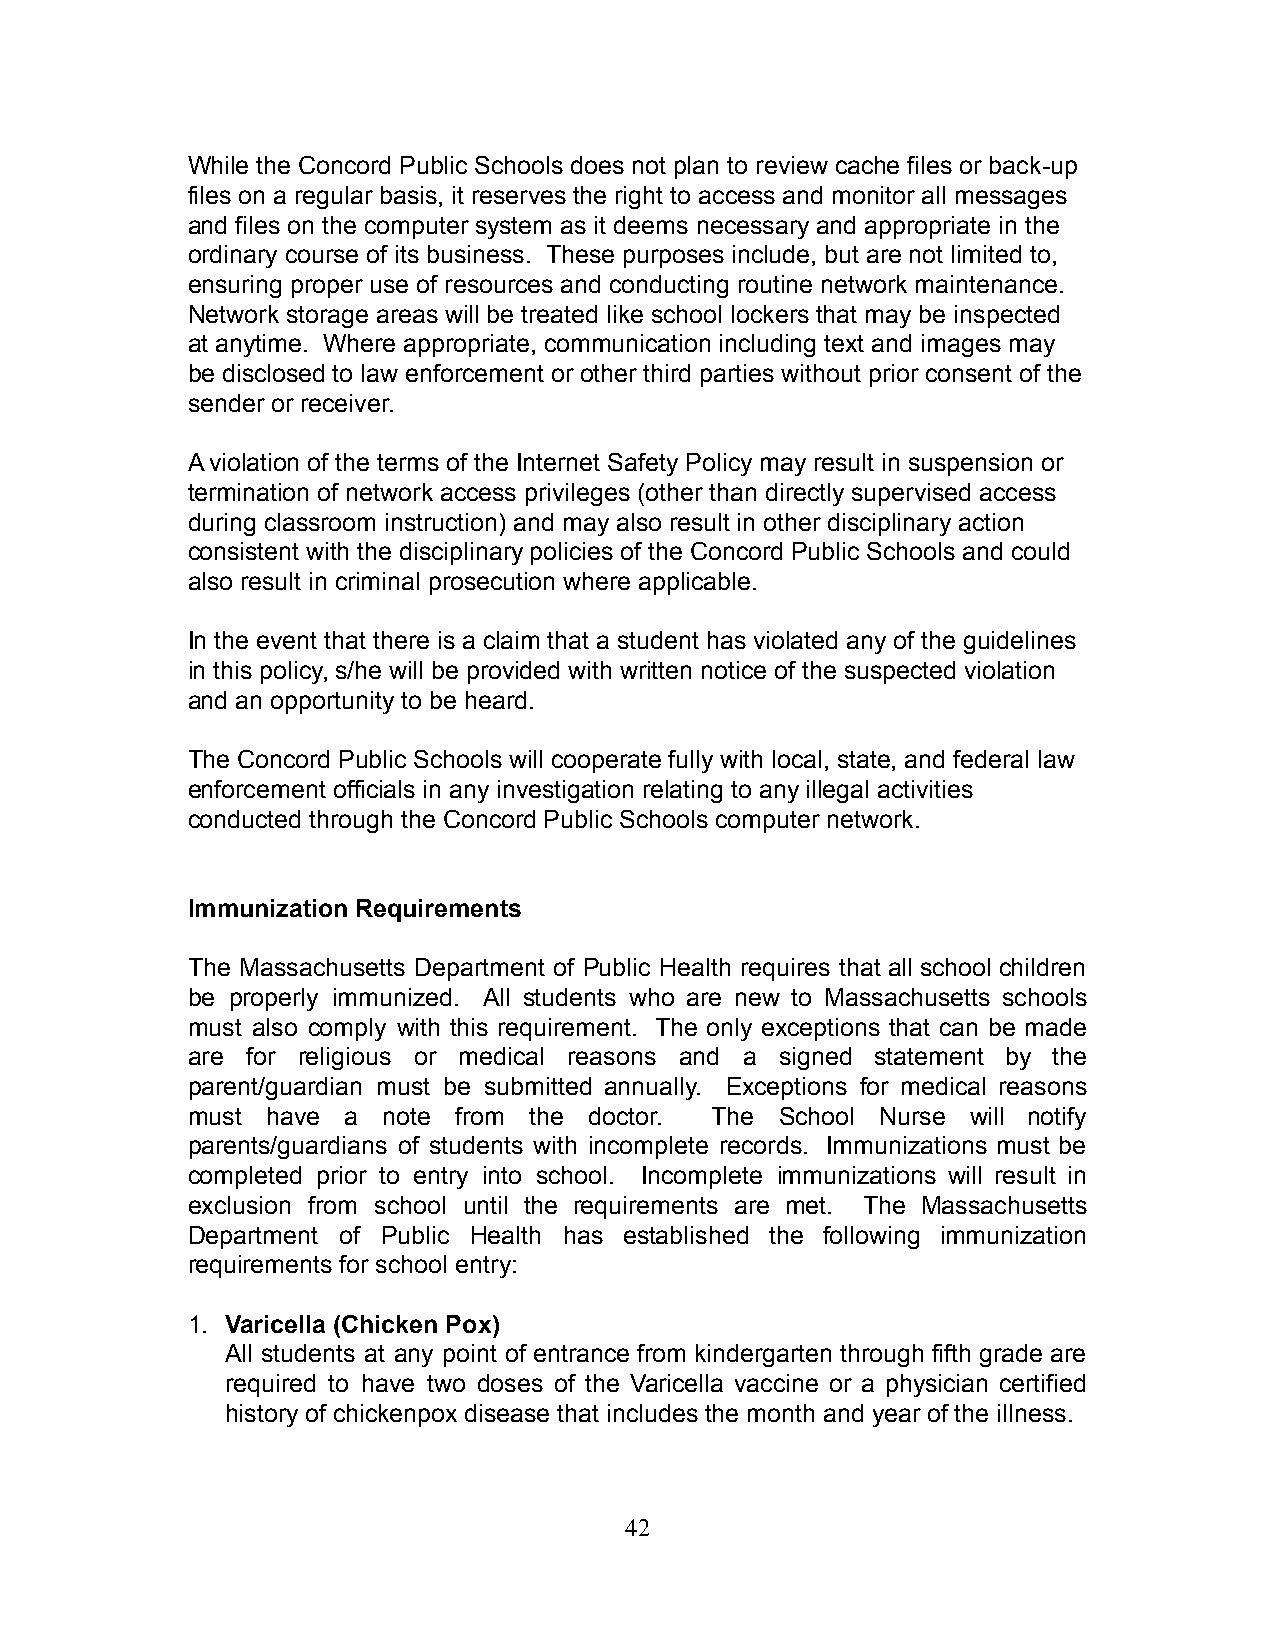
While the Concord Public Schools does not plan to review cache files or back-up
 files on a regular basis, it reserves the right to access and monitor all messages
 and files on the computer system as it deems necessary and appropriate in the
 ordinary course of its business. These purposes include, but are not limited to,
 ensuring proper use of resources and conducting routine network maintenance.
 Network storage areas will be treated like school lockers that may be inspected
 at anytime. Where appropriate, communication including text and images may
 be disclosed to law enforcement or other third parties without prior consent of the
 sender or receiver.
 A violation of the terms of the Internet Safety Policy may result in suspension or
 termination of network access privileges (other than directly supervised access
 during classroom instruction) and may also result in other disciplinary action
 consistent with the disciplinary policies of the Concord Public Schools and could
 also result in criminal prosecution where applicable.
 In the event that there is a claim that a student has violated any of the guidelines
 in this policy, s/he will be provided with written notice of the suspected violation
 and an opportunity to be heard.
 The Concord Public Schools will cooperate fully with local, state, and federal law
 enforcement officials in any investigation relating to any illegal activities
 conducted through the Concord Public Schools computer network.
 Immunization Requirements
 The Massachusetts Department of Public Health requires that all school children
 be properly immunized. All students who are new to Massachusetts schools
 must also comply with this requirement. The only exceptions that can be made
 are for religious or medical reasons and a signed statement by the
 parent/guardian must be submitted annually. Exceptions for medical reasons
 must  have a note from the doctor. The  School Nurse will notify
 parents/guardians of students with incomplete records. Immunizations must be
 completed prior to entry into school. Incomplete immunizations will result in
 exclusion from school until the requirements are met. The Massachusetts
 Department of Public Health has established the following immunization
 requirements for school entry:
 1. Varicella (Chicken Pox)
 All students at any point of entrance from kindergarten through fifth grade are
 required to have two doses of the Varicella vaccine or a physician certified
 history of chickenpox disease that includes the month and year of the illness.
 42